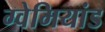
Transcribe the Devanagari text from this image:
ग्वेमियांड